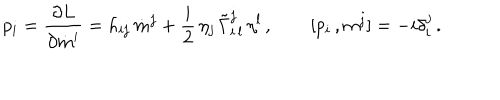
p _ { i } = \frac { \partial L } { \partial \dot { m } ^ { i } } = h _ { i j } \, \dot { m } ^ { j } + \frac { i } { 2 } \, \eta _ { j } \, \tilde { \Gamma } _ { i \, l } ^ { j } \, \eta ^ { l } \, , \qquad [ p _ { i } \, , m ^ { j } ] = - i \delta _ { i } ^ { j } \, .